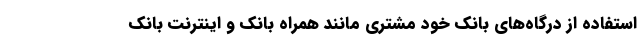
استفاده از درگاه‌های بانک خود مشتری مانند همراه بانک و اینترنت بانک